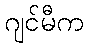
ဂျင်မီက